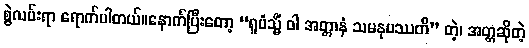
စွဲလမ်းရာ ရောက်ပါတယ်။နောက်ပြီးတော့ “ရူပံသ္မိံ ဝါ အတ္တာနံ သမနုပဿတိ” တဲ့၊ အတ္တဆိုတဲ့